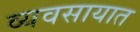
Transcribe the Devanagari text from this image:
व्‍यवसायात